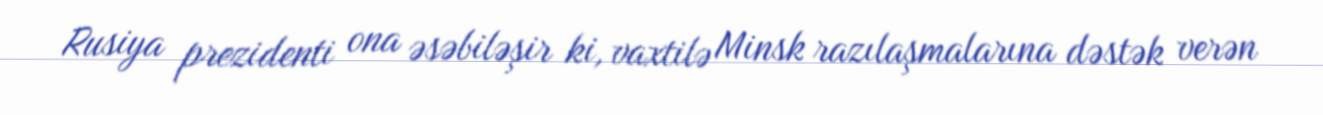
Rusiya prezidenti ona əsəbiləşir ki, vaxtilə Minsk razılaşmalarına dəstək verən